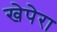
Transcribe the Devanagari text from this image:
खेपेरा